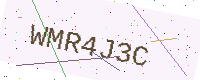
Text: WMR4J3C